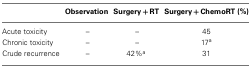
<table><thead><tr><td>[EMPTY_CELL]</td><td><b>Observation</b></td><td><b>Surgery + RT</b></td><td><b>Surgery + ChemoRT (%)</b></td></tr></thead><tbody><tr><td>Acute toxicity</td><td>–</td><td>–</td><td>45</td></tr><tr><td>Chronic toxicity</td><td>–</td><td>–</td><td>17<sup>a</sup></td></tr><tr><td>Crude recurrence</td><td>–</td><td>42%<sup>a</sup></td><td>31</td></tr></tbody></table>